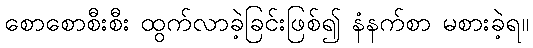
စောစောစီးစီး ထွက်လာခဲ့ခြင်းဖြစ်၍ နံနက်စာ မစားခဲ့ရ။